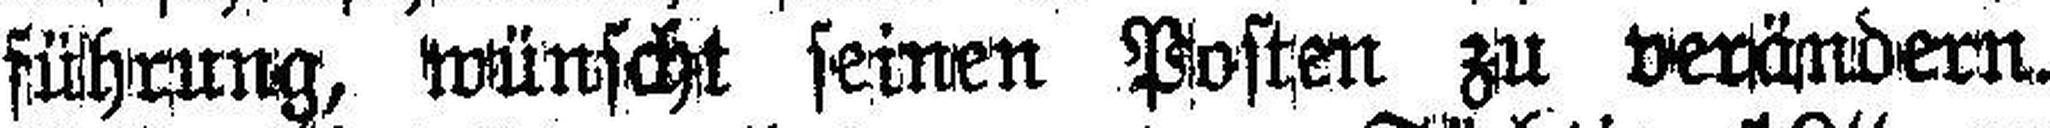
führung, wünscht seinen Posten zu verändern.